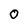
Character: 0